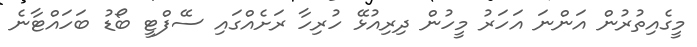
މީގެއިތުރުން އަންނަ އަހަރު މީހުން ދިރިއުޅޭ ހުރިހާ ރަށެއްގައި ސޭފްޓީ ބޯޑު ބަހައްޓާނެ